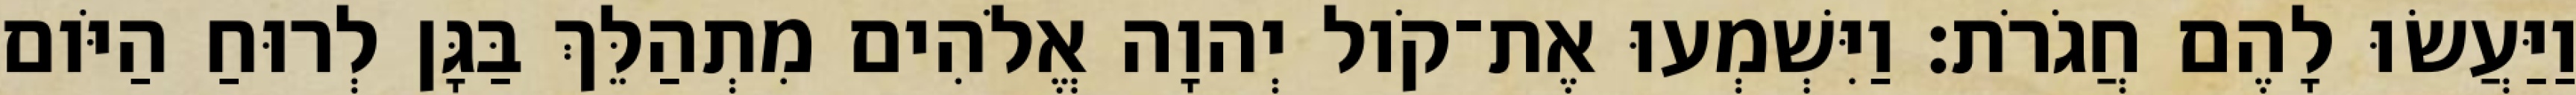
וַיַּעֲשׂוּ לָהֶם חֲגֹרֹת׃ וַיִּשְׁמְעוּ אֶת־קֹול יְהוָה אֱלֹהִים מִתְהַלֵּךְ בַּגָּן לְרוּחַ הַיֹּום